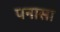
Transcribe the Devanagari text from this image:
पनासा